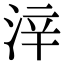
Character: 㳯